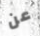
عن